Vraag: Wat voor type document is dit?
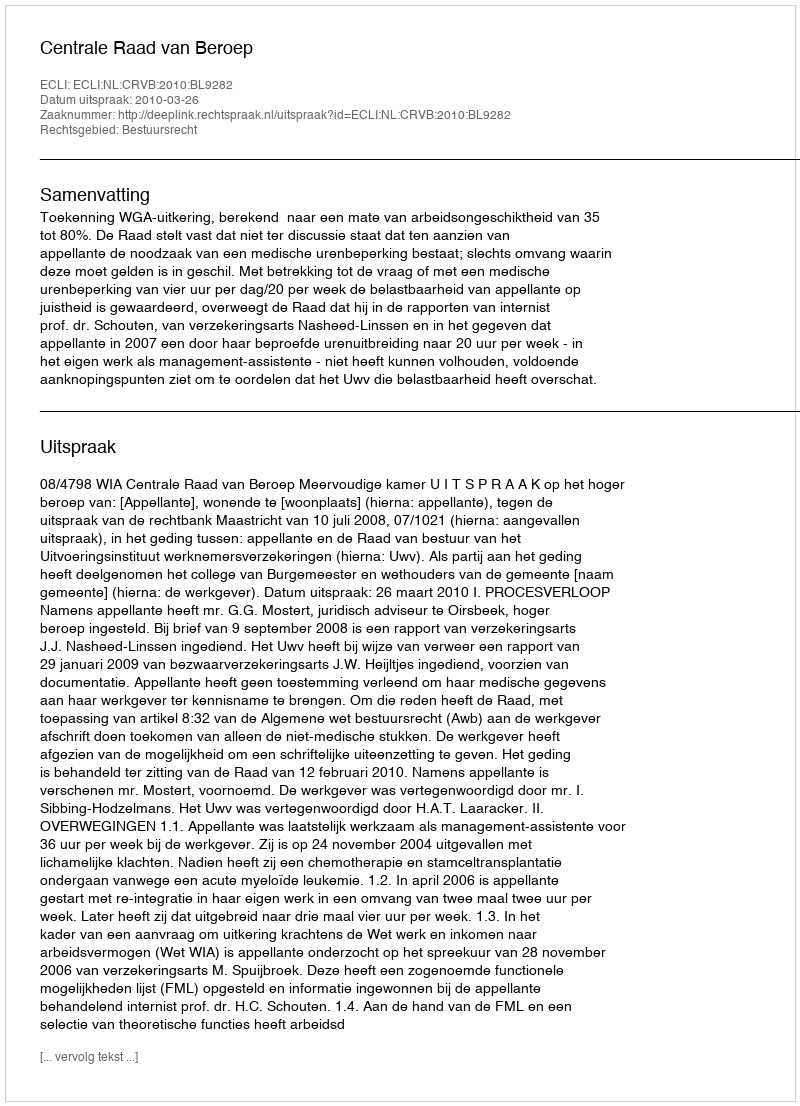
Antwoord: Uitspraak